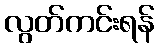
လွတ်ကင်းရန်